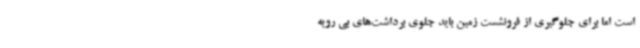
است اما برای جلوگیری از فرونشست زمین باید جلوی برداشت‌های بی رویه